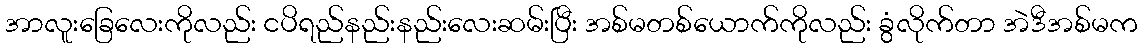
အာလူးခြေလေးကိုလည်း ငပိရည်နည်းနည်းလေးဆမ်းပြီး အစ်မတစ်ယောက်ကိုလည်း ခွံလိုက်တာ အဲဒီအစ်မက